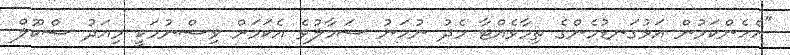
"އެހެންކަމުން އަޅުގަނޑުމެންގެ ތިމާވެއްޓާ މެދު ނުހަނު ސަމާލުވެ އެކަމަށް ވިސްނުމަކީ މިއަދު ސްކޫލް